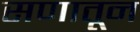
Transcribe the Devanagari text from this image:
सणातून